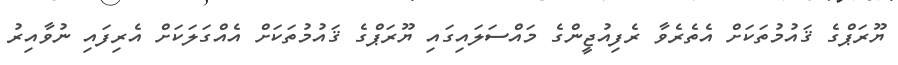
ޔޫރަޕްގެ ޤައުމުތަކަށް އެތެރެވާ ރެފިއުޖީންގެ މައްސަލައިގައި ޔޫރަޕްގެ ޤައުމުތަކަށް އެއްގަލަކަށް އެރިފައި ނުވާއިރު